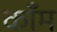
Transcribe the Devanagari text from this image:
काँम